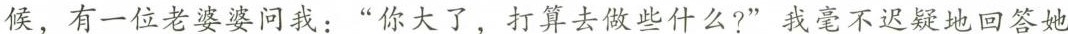
候，有一位老婆婆问我：“你大了，打算去做些什么？”我就毫不迟疑地回答她